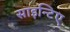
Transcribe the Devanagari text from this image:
साइन्टिए